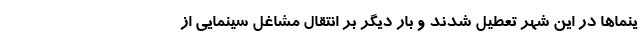
ینما‌ها در این شهر تعطیل شدند و بار دیگر بر انتقال مشاغل سینمایی از